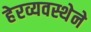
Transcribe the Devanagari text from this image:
हेरव्यवस्थेने